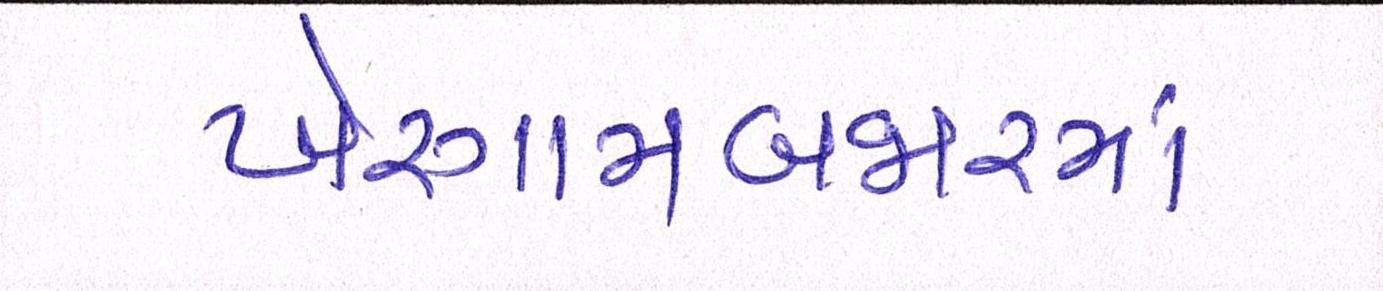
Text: ખેરગામબજારમાં